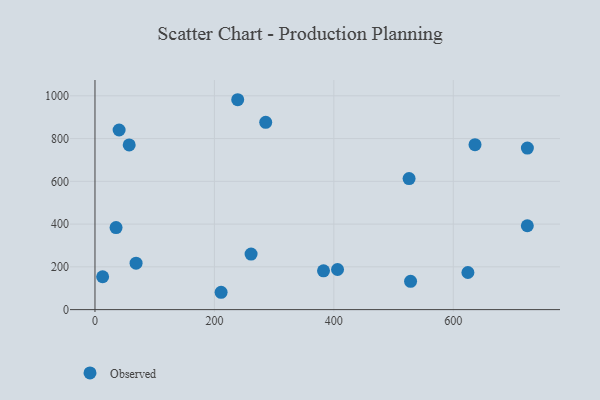
{"axis": {"x": "Ad Spend", "y": "Yield"}, "legend": ["Observed"], "data": [{"x": "261.4", "y": 260.0, "type": "Observed"}, {"x": "636.4", "y": 771.4, "type": "Observed"}, {"x": "239.0", "y": 981.7, "type": "Observed"}, {"x": "528.5", "y": 132.3, "type": "Observed"}, {"x": "724.0", "y": 392.3, "type": "Observed"}, {"x": "526.0", "y": 612.7, "type": "Observed"}, {"x": "57.3", "y": 770.5, "type": "Observed"}, {"x": "12.8", "y": 153.8, "type": "Observed"}, {"x": "406.2", "y": 187.6, "type": "Observed"}, {"x": "624.5", "y": 173.5, "type": "Observed"}, {"x": "285.9", "y": 876.2, "type": "Observed"}, {"x": "211.2", "y": 81.1, "type": "Observed"}, {"x": "382.7", "y": 181.3, "type": "Observed"}, {"x": "724.1", "y": 755.6, "type": "Observed"}, {"x": "68.8", "y": 217.1, "type": "Observed"}, {"x": "35.3", "y": 383.8, "type": "Observed"}, {"x": "40.4", "y": 840.2, "type": "Observed"}]}